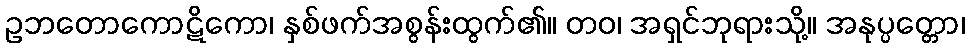
ဥဘတောကောဋိကော၊ နှစ်ဖက်အစွန်းထွက်၏။ တဝ၊ အရှင်ဘုရားသို့။ အနုပ္ပတ္တော၊